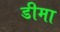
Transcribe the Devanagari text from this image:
डीमा